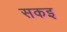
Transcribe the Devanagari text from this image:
सकइ